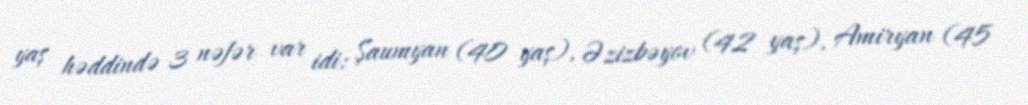
yaş həddində 3 nəfər var idi: Şaumyan (40 yaş), Əzizbəyov (42 yaş), Amiryan (45